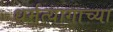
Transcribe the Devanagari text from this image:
धर्मत्यागाच्या